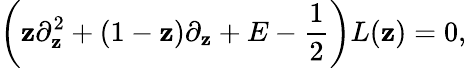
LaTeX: \left(\mathbf{z}\partial_{\mathbf{z}}^{2}+(1-\mathbf{z})\partial_{\mathbf{z}}+E-{\frac{{1}}{{2}}}\right)L(\mathbf{z})=0,